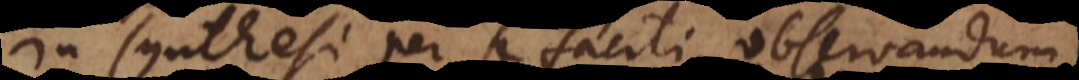
In synthesi per se facili observandum,